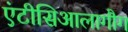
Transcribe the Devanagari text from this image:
एंटीसिआलागौग